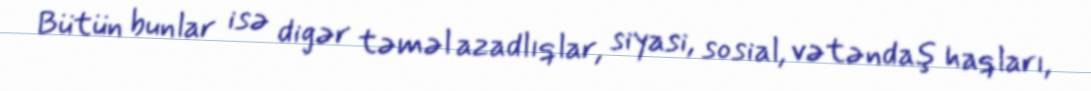
Bütün bunlar isə digər təməl azadlıqlar, siyasi, sosial, vətəndaş haqları,